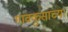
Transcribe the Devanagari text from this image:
गावकुसाच्या